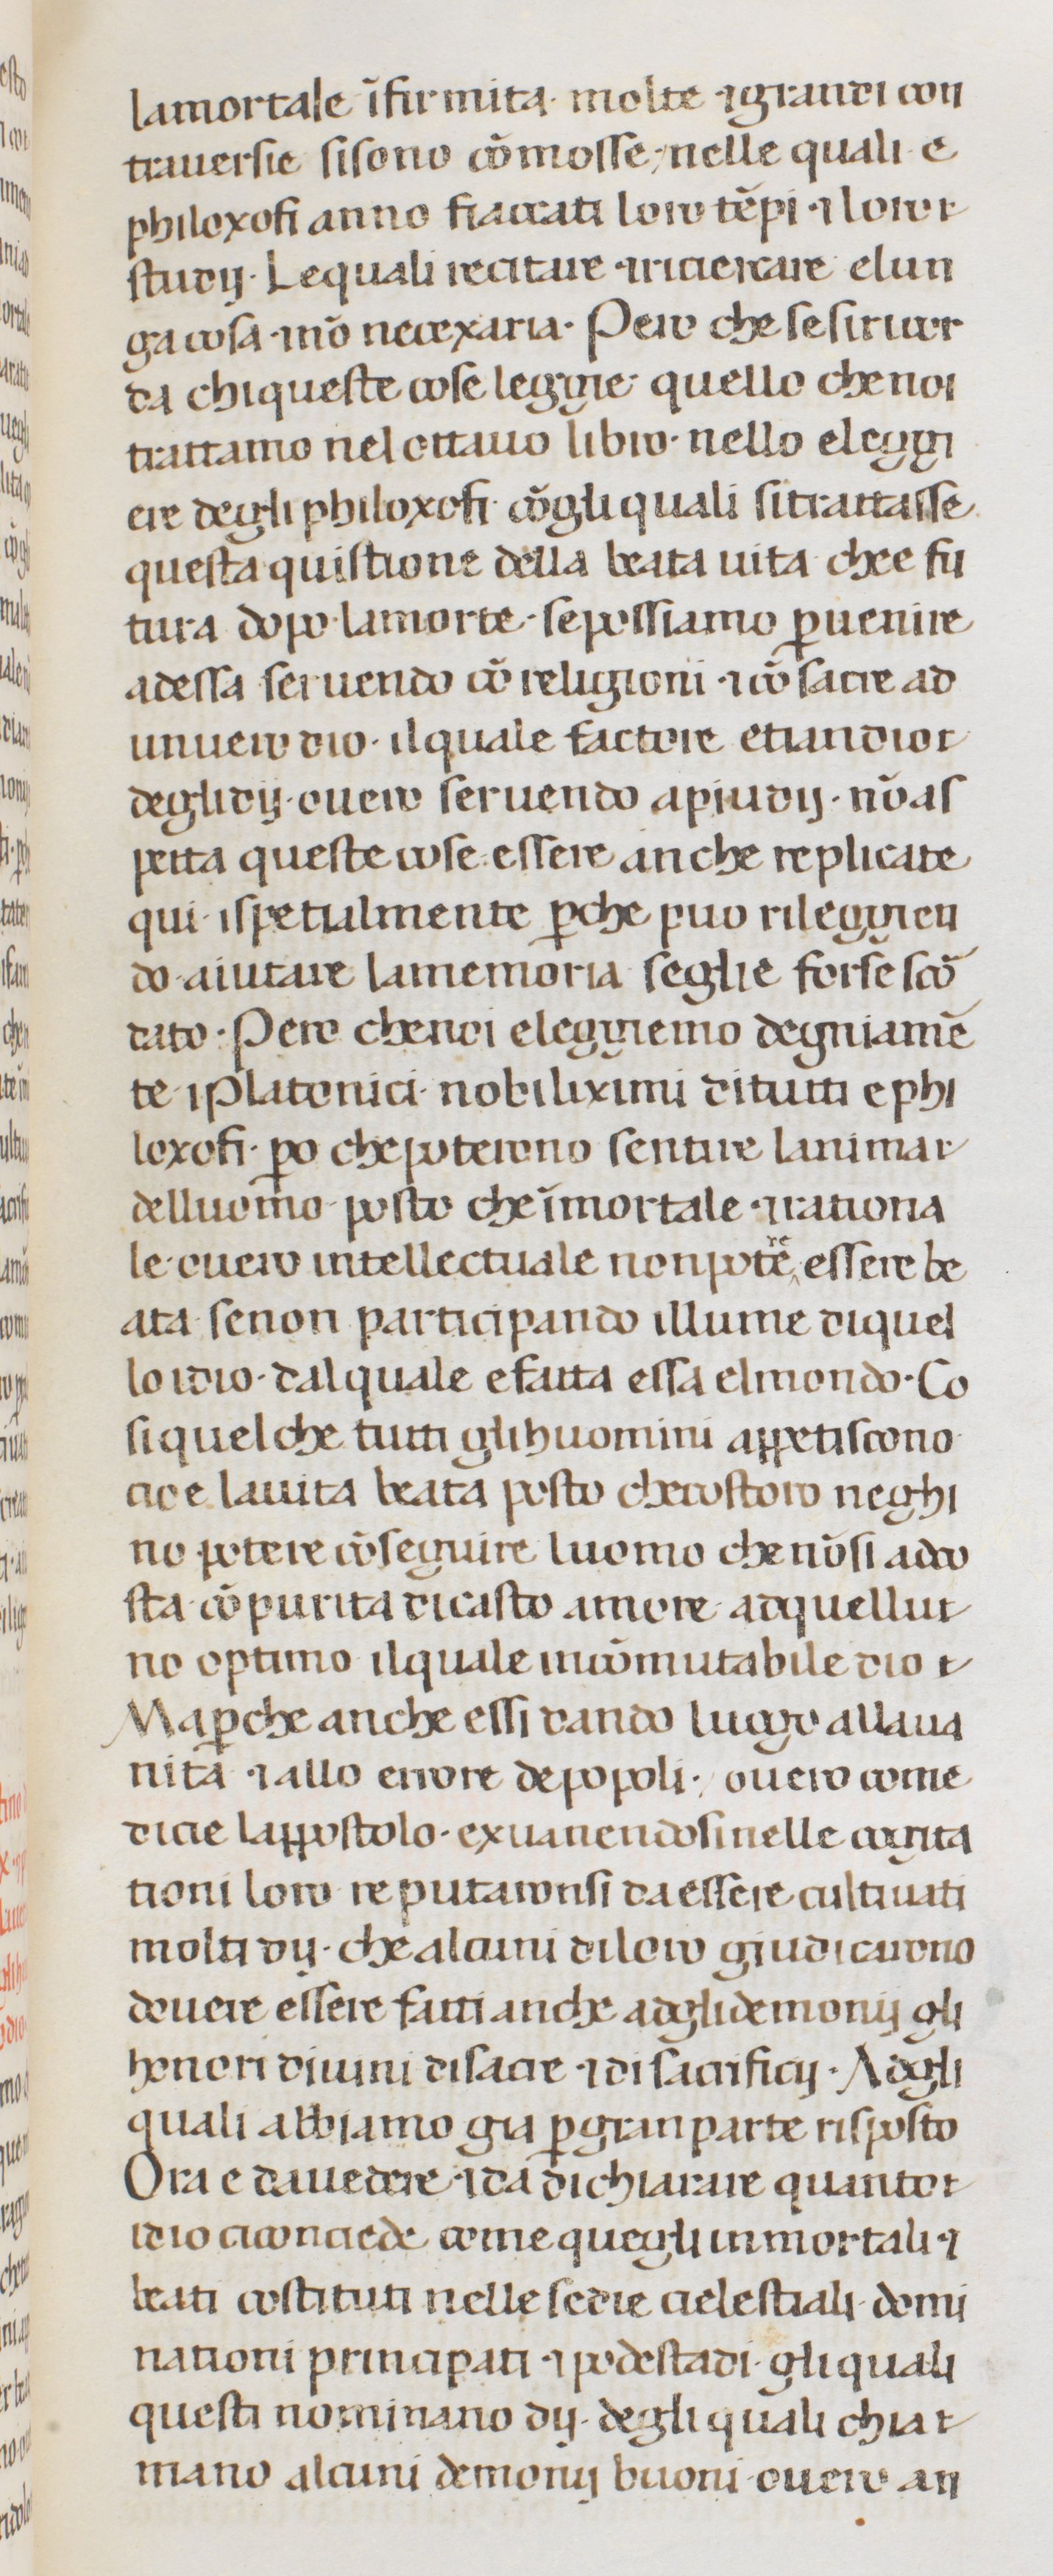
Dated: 1300–1399